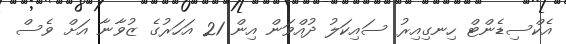
އެކްސިޑެންޓް ހިނގިއިރު ސައިކަލު ދުއްވަން އިން 21 އަހަރުގެ ޒުވާނާ އަށް ވެސް